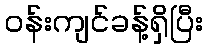
ဝန်းကျင်ခန့်ရှိပြီး